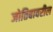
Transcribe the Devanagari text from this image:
जोतिबावरील